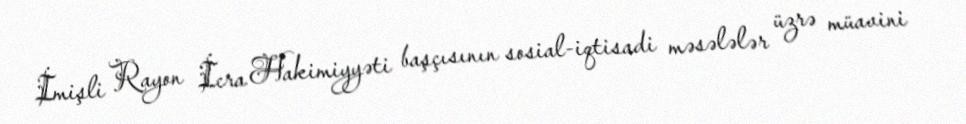
İmişli Rayon İcra Hakimiyyəti başçısının sosial-iqtisadi məsələlər üzrə müavini